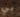
بي